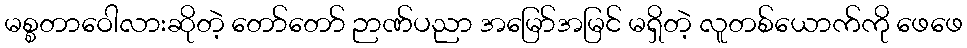
မစ္စတာဝေါလားဆိုတဲ့ တော်တော် ဉာဏ်ပညာ အမြော်အမြင် မရှိတဲ့ လူတစ်ယောက်ကို ဖေဖေ